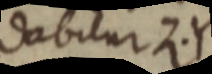
dabitur Z. Y